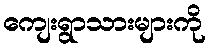
ကျေးရွာသားများကို